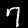
Label: 7